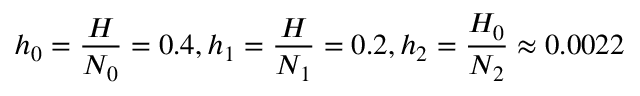
h _ { 0 } = \frac { H } { N _ { 0 } } = 0 . 4 , h _ { 1 } = \frac { H } { N _ { 1 } } = 0 . 2 , h _ { 2 } = \frac { H _ { 0 } } { N _ { 2 } } \approx 0 . 0 0 2 2